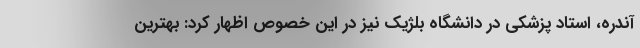
آندره، استاد پزشکی در دانشگاه بلژیک نیز در این خصوص اظهار کرد: بهترین